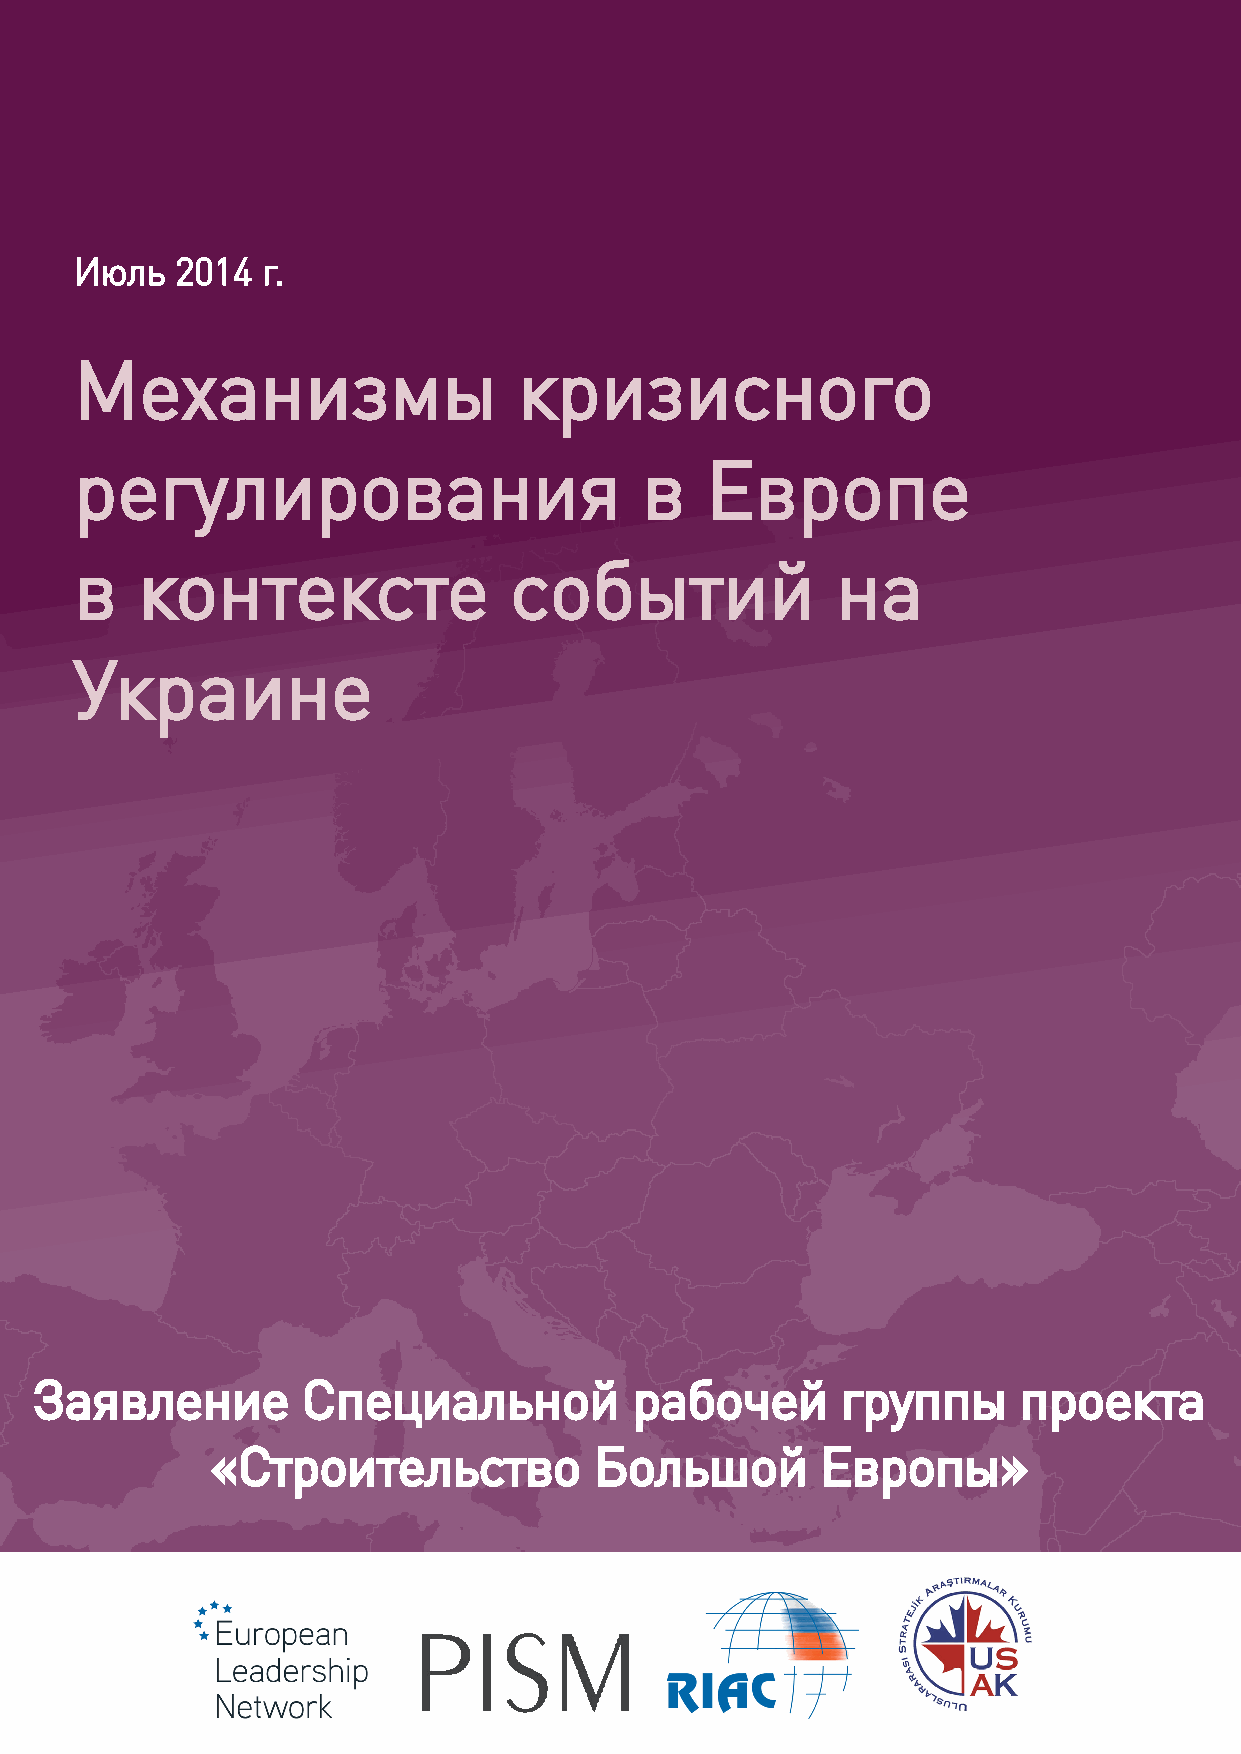
Июль   2014 г.
 Механизмы                    кризисного
 регулирования                         в   Европе
 в   контексте                событий              на
 Украине
 Заявление         Специальной           рабочей       группы     проекта
 «Строительство           Большой        Европы»